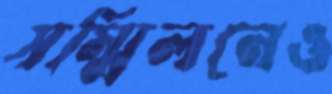
সম্মিলনেও